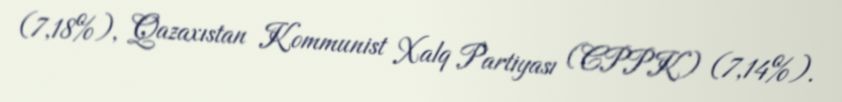
(7,18%), Qazaxıstan Kommunist Xalq Partiyası (CPPK) (7,14%).